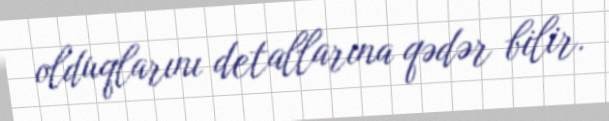
olduqlarını detallarına qədər bilir.